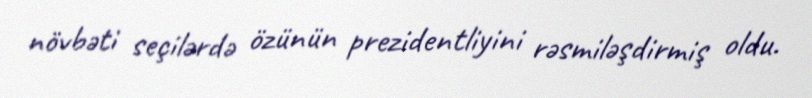
növbəti seçilərdə özünün prezidentliyini rəsmiləşdirmiş oldu.